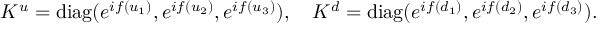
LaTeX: K ^ { u } = \mathrm { d i a g } ( e ^ { i f ( u _ { 1 } ) } , e ^ { i f ( u _ { 2 } ) } , e ^ { i f ( u _ { 3 } ) } ) , \quad K ^ { d } = \mathrm { d i a g } ( e ^ { i f ( d _ { 1 } ) } , e ^ { i f ( d _ { 2 } ) } , e ^ { i f ( d _ { 3 } ) } ) .